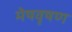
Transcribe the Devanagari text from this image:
मेषवृषण